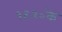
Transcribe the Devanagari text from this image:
१९२०के